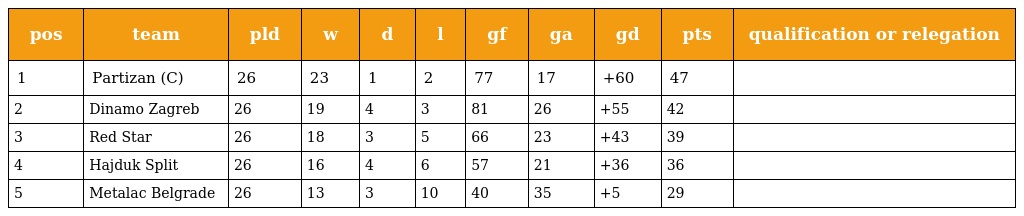
| pos | team | pld | w | d | l | gf | ga | gd | pts | qualification or relegation |
 | --- | --- | --- | --- | --- | --- | --- | --- | --- | --- | --- |
 | 1 | Partizan (C) | 26 | 23 | 1 | 2 | 77 | 17 | +60 | 47 |  |
 | 2 | Dinamo Zagreb | 26 | 19 | 4 | 3 | 81 | 26 | +55 | 42 |  |
 | 3 | Red Star | 26 | 18 | 3 | 5 | 66 | 23 | +43 | 39 |  |
 | 4 | Hajduk Split | 26 | 16 | 4 | 6 | 57 | 21 | +36 | 36 |  |
 | 5 | Metalac Belgrade | 26 | 13 | 3 | 10 | 40 | 35 | +5 | 29 |  |